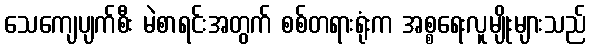
သေကျေပျက်စီး မဲစာရင်းအတွက် စစ်တရားရုံးက အစ္စရေးလူမျိုးများသည်